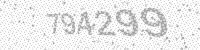
Solution: 794299